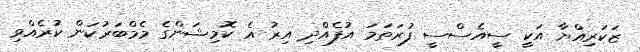
ޒަކަރިއްޔާ އަކީ ސީއެސްސީ ފުރަތަމަ އުފެއްދި އިރު އެ ކޮމިޝަންގެ މެމްބަރުކަން ކުރެއްވި